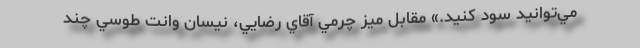
مي‌توانيد سود كنيد.» مقابل ميز چرمي آقاي رضايي، نيسان وانت طوسي چند